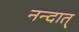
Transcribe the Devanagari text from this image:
नन्दात्